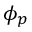
\phi _ { p }